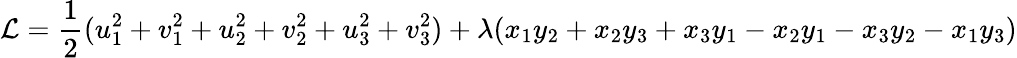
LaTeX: \mathcal{L}=\frac{1}{2}(u_{1}^{2}+v_{1}^{2}+u_{2}^{2}+v_{2}^{2}+u_{3}^{2}+v_{3}^{2})+\lambda(x_{1}y_{2}+x_{2}y_{3}+x_{3}y_{1}-x_{2}y_{1}-x_{3}y_{2}-x_{1}y_{3})